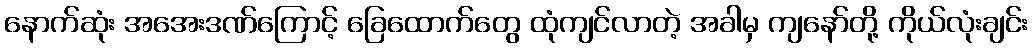
နောက်ဆုံး အအေးဒဏ်ကြောင့် ခြေထောက်တွေ ထုံကျင်လာတဲ့ အခါမှ ကျနော်တို့ ကိုယ်လုံးချင်း